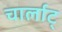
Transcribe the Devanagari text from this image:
चार्लाट्